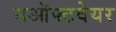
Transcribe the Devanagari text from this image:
सऑफ्टवेयर